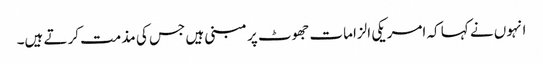
انہوں نے کہا کہ امریکی الزامات جھوٹ پر مبنی ہیں جس کی مذمت کرتے ہیں۔